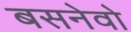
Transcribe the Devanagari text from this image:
बसनेवो